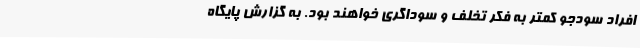
افراد سودجو کمتر به فکر تخلف و سوداگری خواهند بود. به گزارش پایگاه